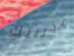
عذريتك